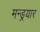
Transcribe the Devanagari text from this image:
मन्ड्रयार